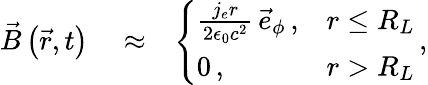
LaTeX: \begin{array}{rlr}{\vec{B}\left(\vec{r},t\right)}&{{}\approx}&{\left\{ \begin{array}{ll}{\frac{j_{e}r}{2\epsilon_{0}c^{2}}\, \vec{e}_{\phi}\, ,}&{r\le R_{L}}\\ {0\, ,}&{r>R_{L}}\end{array}\right.\, ,}\end{array}